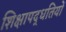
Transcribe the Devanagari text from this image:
शिक्षापद्धतियों